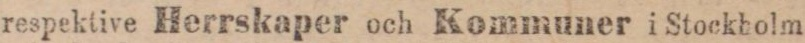
respektive Herrskaper och Kommuner i Stockbolm